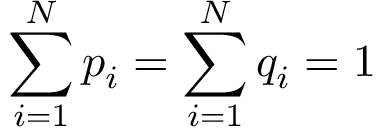
\sum _ { i = 1 } ^ { N } p _ { i } = \sum _ { i = 1 } ^ { N } q _ { i } = 1